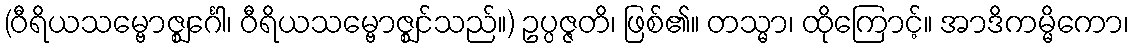
(ဝီရိယသမ္ဗောဇ္ဈင်္ဂေါ၊ ဝီရိယသမ္ဗောဇ္ဈင်သည်။) ဥပ္ပဇ္ဇတိ၊ ဖြစ်၏။ တသ္မာ၊ ထိုကြောင့်။ အာဒိကမ္မိကော၊